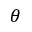
\theta